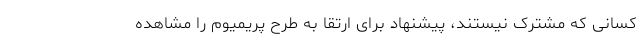
کسانی که مشترک نیستند، پیشنهاد برای ارتقا به طرح پریمیوم را مشاهده